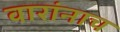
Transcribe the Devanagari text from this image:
वारांनाच